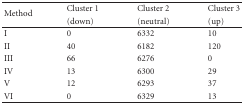
<table><thead><tr><td rowspan="2"><b>Method</b></td><td><b>Cluster 1</b></td><td><b>Cluster 2 </b></td><td><b>Cluster 3 </b></td></tr><tr><td><b> (down)</b></td><td><b>(neutral)</b></td><td><b>(up)</b></td></tr></thead><tbody><tr><td>I</td><td>0</td><td>6332</td><td>10</td></tr><tr><td>II</td><td>40</td><td>6182</td><td>120</td></tr><tr><td>III</td><td>66</td><td>6276</td><td>0</td></tr><tr><td>IV</td><td>13</td><td>6300</td><td>29</td></tr><tr><td>V</td><td>12</td><td>6293</td><td>37</td></tr><tr><td>VI</td><td>0</td><td>6329</td><td>13</td></tr></tbody></table>